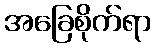
အခြေစိုက်ရာ